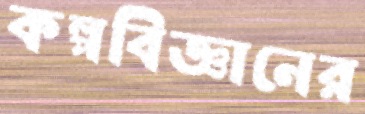
কল্পবিজ্ঞানের